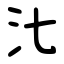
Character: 㲺